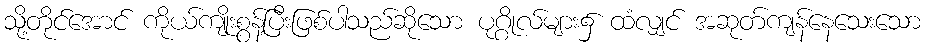
သို့တိုင်အောင် ကိုယ်ကျိုးစွန့်ပြီးဖြစ်ပါသည်ဆိုသော ပုဂ္ဂိုလ်များ၌ ထံလျှင် အဆုတ်ကျန်နေသေးသော